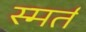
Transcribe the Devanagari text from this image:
स्मर्त